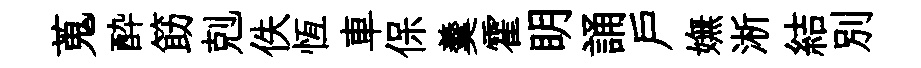
蒐酔筯剋佚恆車保羹霍眀誦戸嫵淅結別